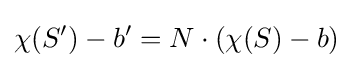
\chi (S')-b'=N\cdot (\chi (S)-b)